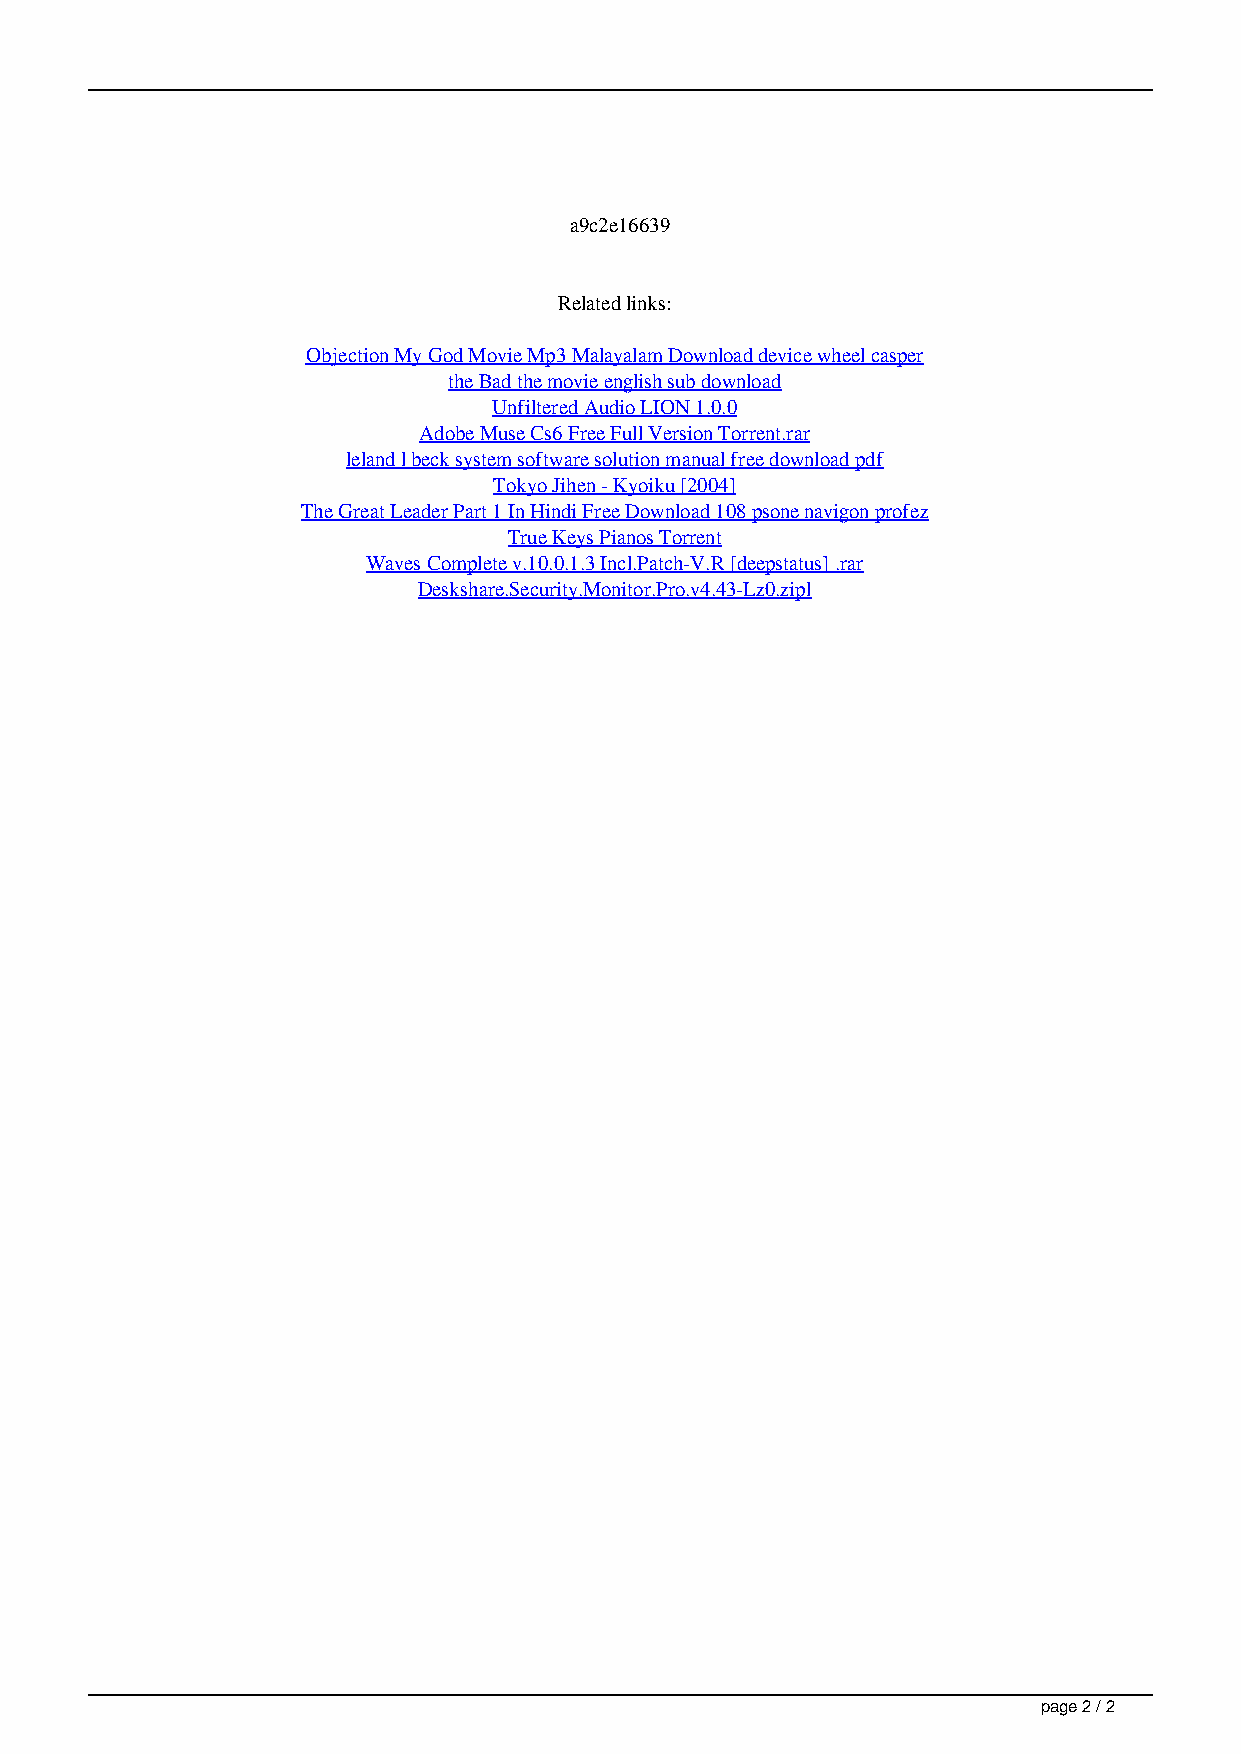
a9c2e16639
 Related links:
 Objection My God Movie Mp3 Malayalam Download device wheel casper
 the Bad the movie english sub download
 Unfiltered Audio LION 1.0.0
 Adobe Muse Cs6 Free Full Version Torrent.rar
 leland l beck system software solution manual free download pdf
 Tokyo Jihen - Kyoiku [2004]
 The Great Leader Part 1 In Hindi Free Download 108 psone navigon profez
 True Keys Pianos Torrent
 Waves Complete v.10.0.1.3 Incl.Patch-V.R [deepstatus] .rar
 Deskshare.Security.Monitor.Pro.v4.43-Lz0.zipl
 page 2 / 2
 Rulers Of Nations Geopolitical Simulator 2 - 4.30 Crack.60 excel zeichnung makro josephine